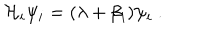
LaTeX: { \cal H } _ { i } \psi _ { i } = ( \lambda + \beta _ { i } ) \psi _ { i } ~ .